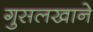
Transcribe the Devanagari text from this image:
गुसलखाने